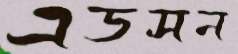
এডসন